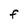
Character: F